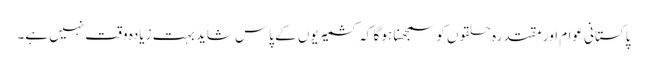
پاکستانی عوام اور مقتدرہ حلقوں کو سمجھنا ہو گا کہ کشمیریوں کے پاس شاید بہت زیادہ وقت نہیں ہے۔